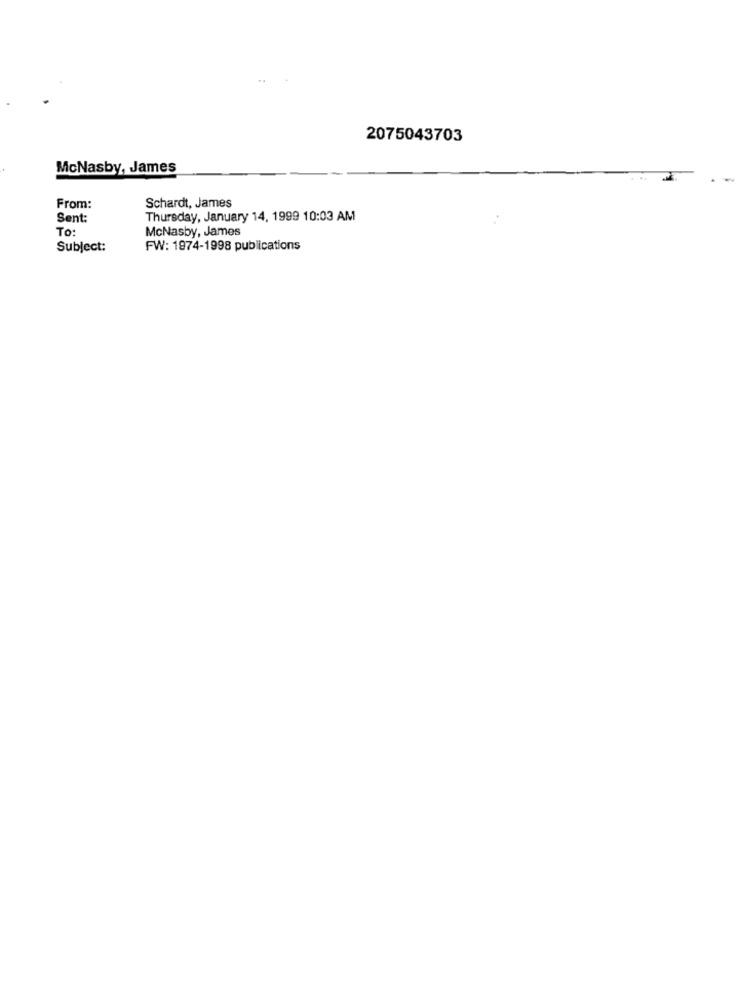
2075043703
McNasby, James
From:
Schardt, James
Sent:
Thursday, January 14, 1999 10:03 AM
To:
McNasby, James
Subject:
FW: 1974-1998 publications